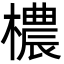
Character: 檂